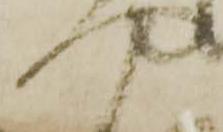
や